King Institute of Preventive Medicine Micro-Biological Section reports 1912-19
Year: 1912
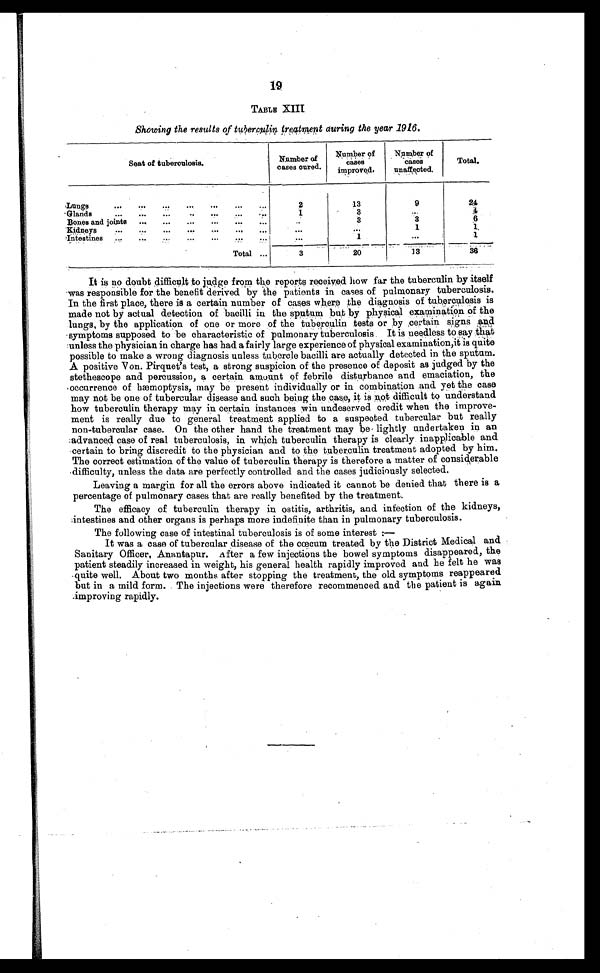
19
TABLE XIII
Showing the results of tuberculin treatment during the year 1916.
Seat of tuberculosis.
Number of
cases cured.
Number o
f c a s e s
improved.
Number of
cases
unaffected.
Total.
Lungs . . .
2
13
9
2 4
Glands . . .
1
3
. . .
4
Bones and joints . . .
. . .
3
3
6
Kidneys . . .
. . . . . .
1
1
Intestines . . .
. . .
1
. . .
1
Total . . .
3
20
13
36
It is no doubt difficult to judge from the reports received how far the tuberculin by itself
was responsible for the benefit derived by the patients in cases of pulmonary tuberculosis.
In the first place, there is a certain number of cases where the diagnosis of tuberculosis is
made not by actual detection of bacilli in the sputum but by physical examination of the
lungs, by the application of one or more of the tuberculin tests or by, certain signs
a n d
symptoms supposed to be characteristic of pulmonary tuberculosis. It is needless to say that
unless the physician in charge has had a fairly large experience of physical examination,it is quite
possible to make a wrong diagnosis unless tubercle bacilli are actually detected in the sputum.
A positive Von. Pirquet's test, a strong suspicion of the presence of deposit as judged by the
stethescope and percussion, a certain amount of febrile disturbance and emaciation, the
occurrence of hæmoptysis, may be present individually or in combination and yet the case
may not be one of tubercular disease and such being the case, it is n ot difficult to understand
how tuberculin therapy may in certain instances win undeserved credit when the improve
-
ment is really due to general treatment applied to a suspected tubercular but really
non-tubercular case. On the other hand the treatment may be lightly undertaken in an
advanced case of real tuberculosis, in which tuberculin therapy is clearly inapplicable and
certain to bring discredit to the physician and to the tuberculin treatment adopted by him.
The correct estimation of the value of tuberculin therapy is therefore a matter of considerable
difficulty, unless the data are perfectly controlled and the cases judiciously selected.
Leaving a margin for all the errors above indicated it cannot be denied that there is a
percentage of pulmonary cases that are really benefited by the treatment.
The efficacy of tuberculin therapy in ostitis, arthritis, and infection of the kidneys,
intestines and other organs is perhaps more indefinite than in pulmonary tuberculosis.
The following case of intestinal tuberculosis is of some interest
: —
It was a case of tubercular disease of the cœcum treated by the District Medical and
Sanitary Officer, Anantapur. After a few injections the bowel symptoms disappeared, the
patient steadily increased in weight, his general health rapidly improved and he felt he was
quite well. About two months after stopping the treatment, the old symptoms reappeared
but in a mild form. The injections were therefore recommenced and the patient is again
improving rapidly.